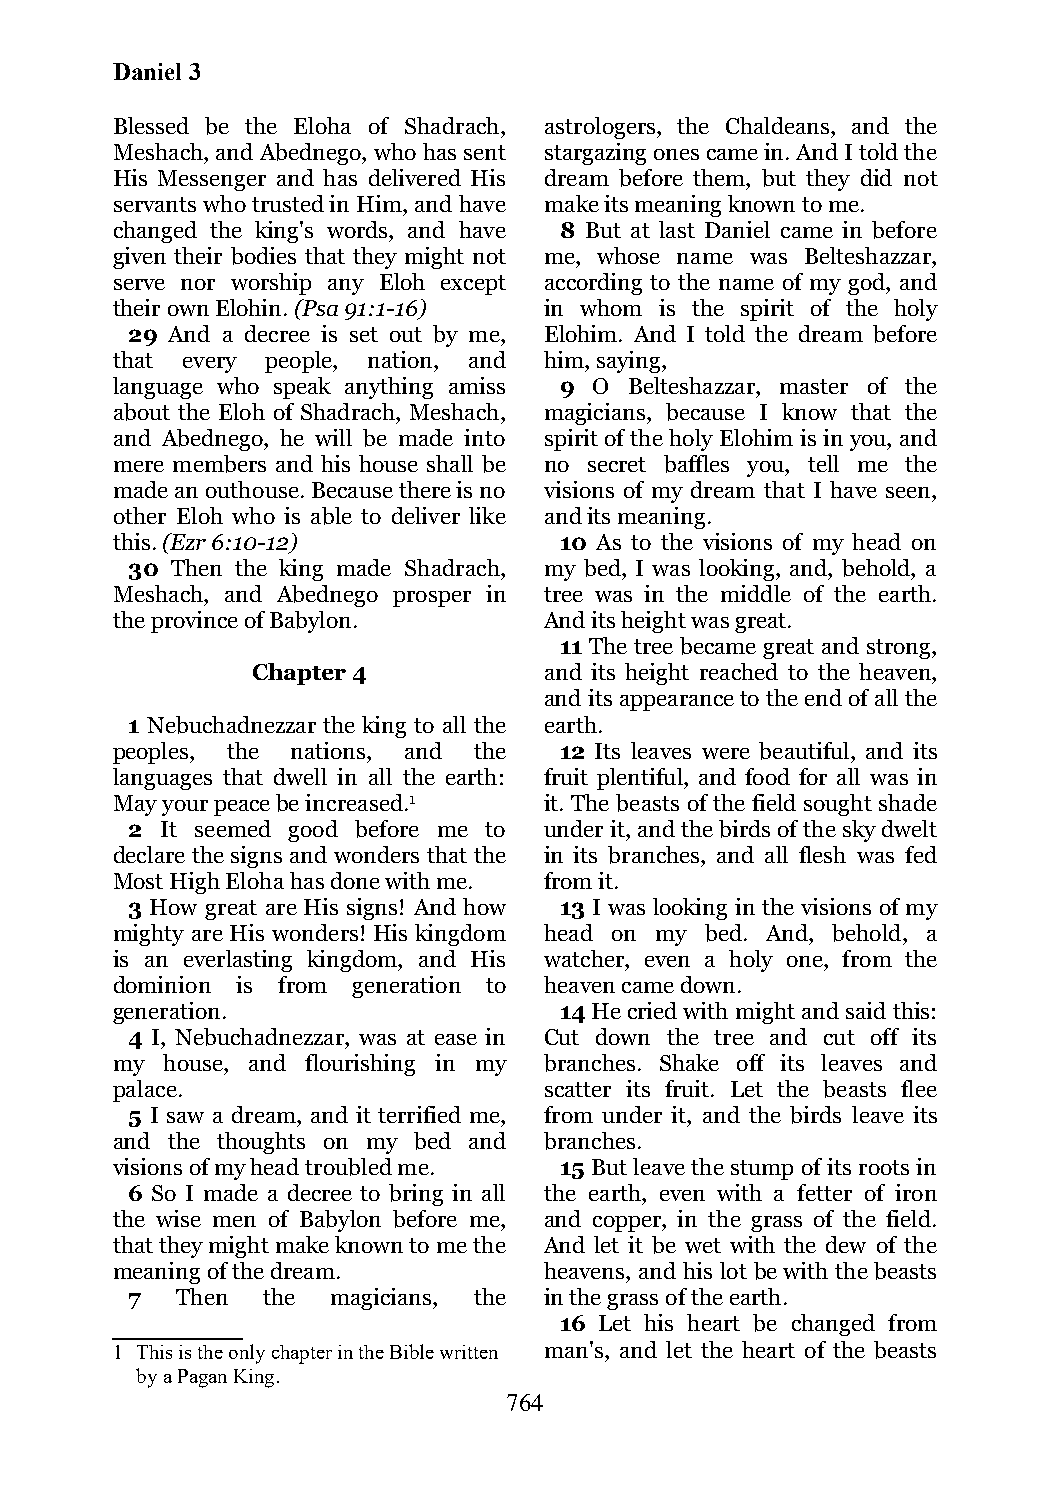
Daniel 3
 Blessed be the Eloha of Shadrach, astrologers, the Chaldeans, and the
 Meshach, and Abednego, who has sent stargazing ones came in. And I told the
 His Messenger and has delivered His dream before them, but they did not
 servants who trusted in Him, and have make its meaning known to me.
 changed the king's words, and have 8 But at last Daniel came in before
 given their bodies that they might not me, whose name was Belteshazzar,
 serve nor worship any Eloh except according to the name of my god, and
 their own Elohin. (Psa 91:1-16) in whom is the spirit of the holy
 29 And a decree is set out by me, Elohim. And I told the dream before
 that every people, nation, and him, saying,
 language who speak anything amiss 9 O Belteshazzar, master of the
 about the Eloh of Shadrach, Meshach, magicians, because I know that the
 and Abednego, he will be made into spirit of the holy Elohim is in you, and
 mere members and his house shall be no secret baffles you, tell me the
 made an outhouse. Because there is no visions of my dream that I have seen,
 other Eloh who is able to deliver like and its meaning.
 this. (Ezr 6:10-12)           10 As to the visions of my head on
 30 Then the king made Shadrach, my bed, I was looking, and, behold, a
 Meshach, and Abednego prosper in tree was in the middle of the earth.
 the province of Babylon.     And its height was great.
 11 The tree became great and strong,
 Chapter 4          and its height reached to the heaven,
 and its appearance to the end of all the
 1 Nebuchadnezzar the king to all the earth.
 peoples, the nations, and the 12 Its leaves were beautiful, and its
 languages that dwell in all the earth: fruit plentiful, and food for all was in
 May your peace be increased.1 it. The beasts of the field sought shade
 2  It seemed good before me to under it, and the birds of the sky dwelt
 declare the signs and wonders that the in its branches, and all flesh was fed
 Most High Eloha has done with me. from it.
 3 How great are His signs! And how 13 I was looking in the visions of my
 mighty are His wonders! His kingdom head on my bed. And, behold, a
 is an everlasting kingdom, and His watcher, even a holy one, from the
 dominion is from generation to heaven came down.
 generation.                   14 He cried with might and said this:
 4 I, Nebuchadnezzar, was at ease in Cut down the tree and cut off its
 my  house, and flourishing in my branches. Shake off its leaves and
 palace.                      scatter its fruit. Let the beasts flee
 5 I saw a dream, and it terrified me, from under it, and the birds leave its
 and the thoughts on my bed and branches.
 visions of my head troubled me. 15 But leave the stump of its roots in
 6 So I made a decree to bring in all the earth, even with a fetter of iron
 the wise men of Babylon before me, and copper, in the grass of the field.
 that they might make known to me the And let it be wet with the dew of the
 meaning of the dream.        heavens, and his lot be with the beasts
 7   Then the  magicians, the in the grass of the earth.
 16 Let his heart be changed from
 1 This is the only chapter in the Bible written man's, and let the heart of the beasts
 by a Pagan King.
 764